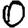
Digit: 0